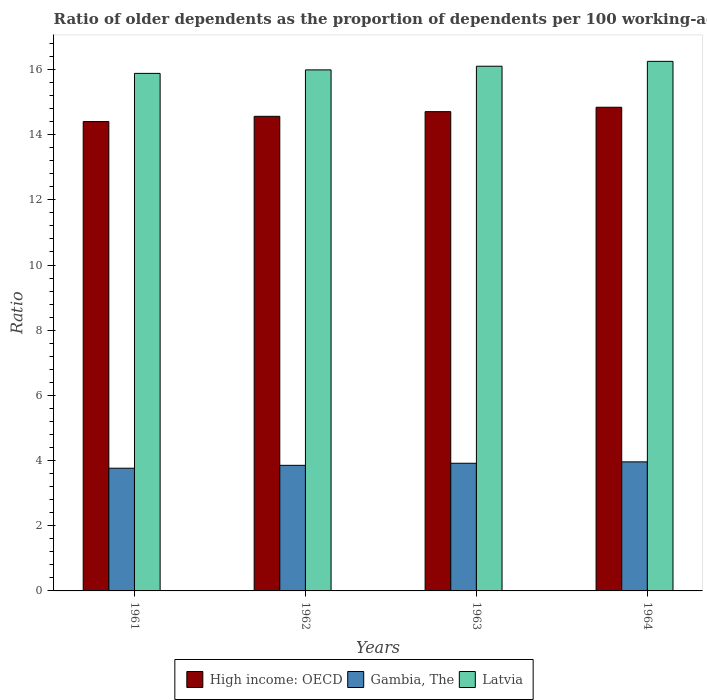
| Years | High income: OECD | Gambia, The | Latvia |
 | --- | --- | --- | --- |
 | 1961 | 14.4 | 3.77 | 15.9 |
 | 1962 | 14.6 | 3.85 | 16 |
 | 1963 | 14.7 | 3.92 | 16.1 |
 | 1964 | 14.8 | 3.96 | 16.2 |